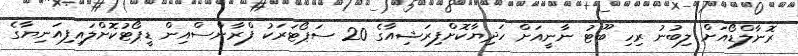
ރޮނާލްޑޯއަށް ލިބުނު ރިހި ބޫޓު ނާނީއަށް ހަދިޔާކޮށްފިރަޝިއާގެ 20 ސަޕޯޓަރަކު ފްރާންސްއިން ޑީޕޯޓުކޮށްލައިފިއަނިޔާގެ